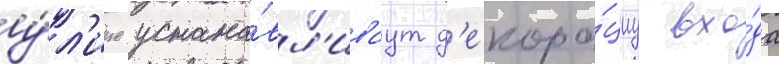
у́л'ице устана́вл'иваут д'екора́циу вхо́да